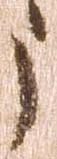
う